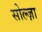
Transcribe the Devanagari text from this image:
सोल्ज़ा